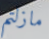
مازلتم